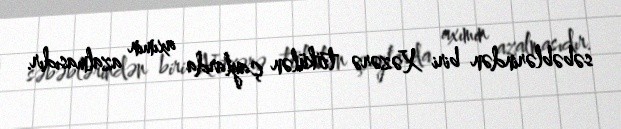
səbəblərindən biri Xəzərə tökülən çaylarda axımın azalmasıdır.